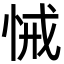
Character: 悈